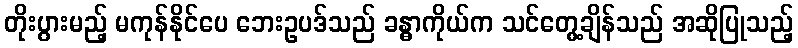
တိုးပွားမည့် မကုန်နိုင်ပေ ဘေးဥပဒ်သည် ခန္ဓာကိုယ်က သင်တွေ့ချိန်သည် အဆိုပြုသည့်